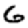
Digit: 6